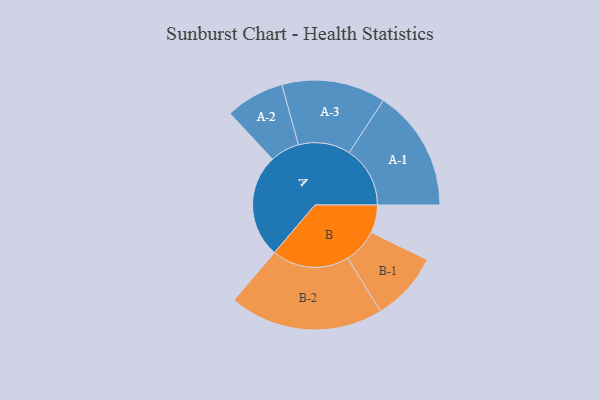
{"axis": {"x": "Segment", "y": "Value"}, "legend": ["", "A", "B"], "data": [{"x": "A", "y": 398, "type": ""}, {"x": "B", "y": 107, "type": ""}, {"x": "A-1", "y": 234, "type": "A"}, {"x": "A-2", "y": 113, "type": "A"}, {"x": "A-3", "y": 200, "type": "A"}, {"x": "B-1", "y": 133, "type": "B"}, {"x": "B-2", "y": 297, "type": "B"}]}